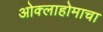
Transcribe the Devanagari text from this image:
ओक्लाहोमाचा